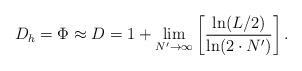
LaTeX: \begin{align*}D_h = \Phi \approx D = 1 + \underset{N' \rightarrow \infty}\lim \left[ \dfrac{\ln(L/2)}{\ln(2 \cdot N')}\right] .\end{align*}